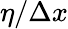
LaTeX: \eta/\Delta x